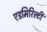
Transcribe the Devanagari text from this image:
एडमिरिल्टी